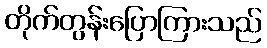
တိုက်တွန်းပြောကြားသည်